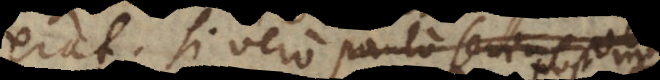
erat. Si vero paulo serius